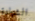
الشهادة